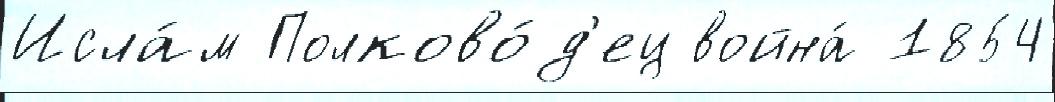
Исла́м Полково́д'ец война́ 1854